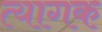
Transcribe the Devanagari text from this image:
त्यागक